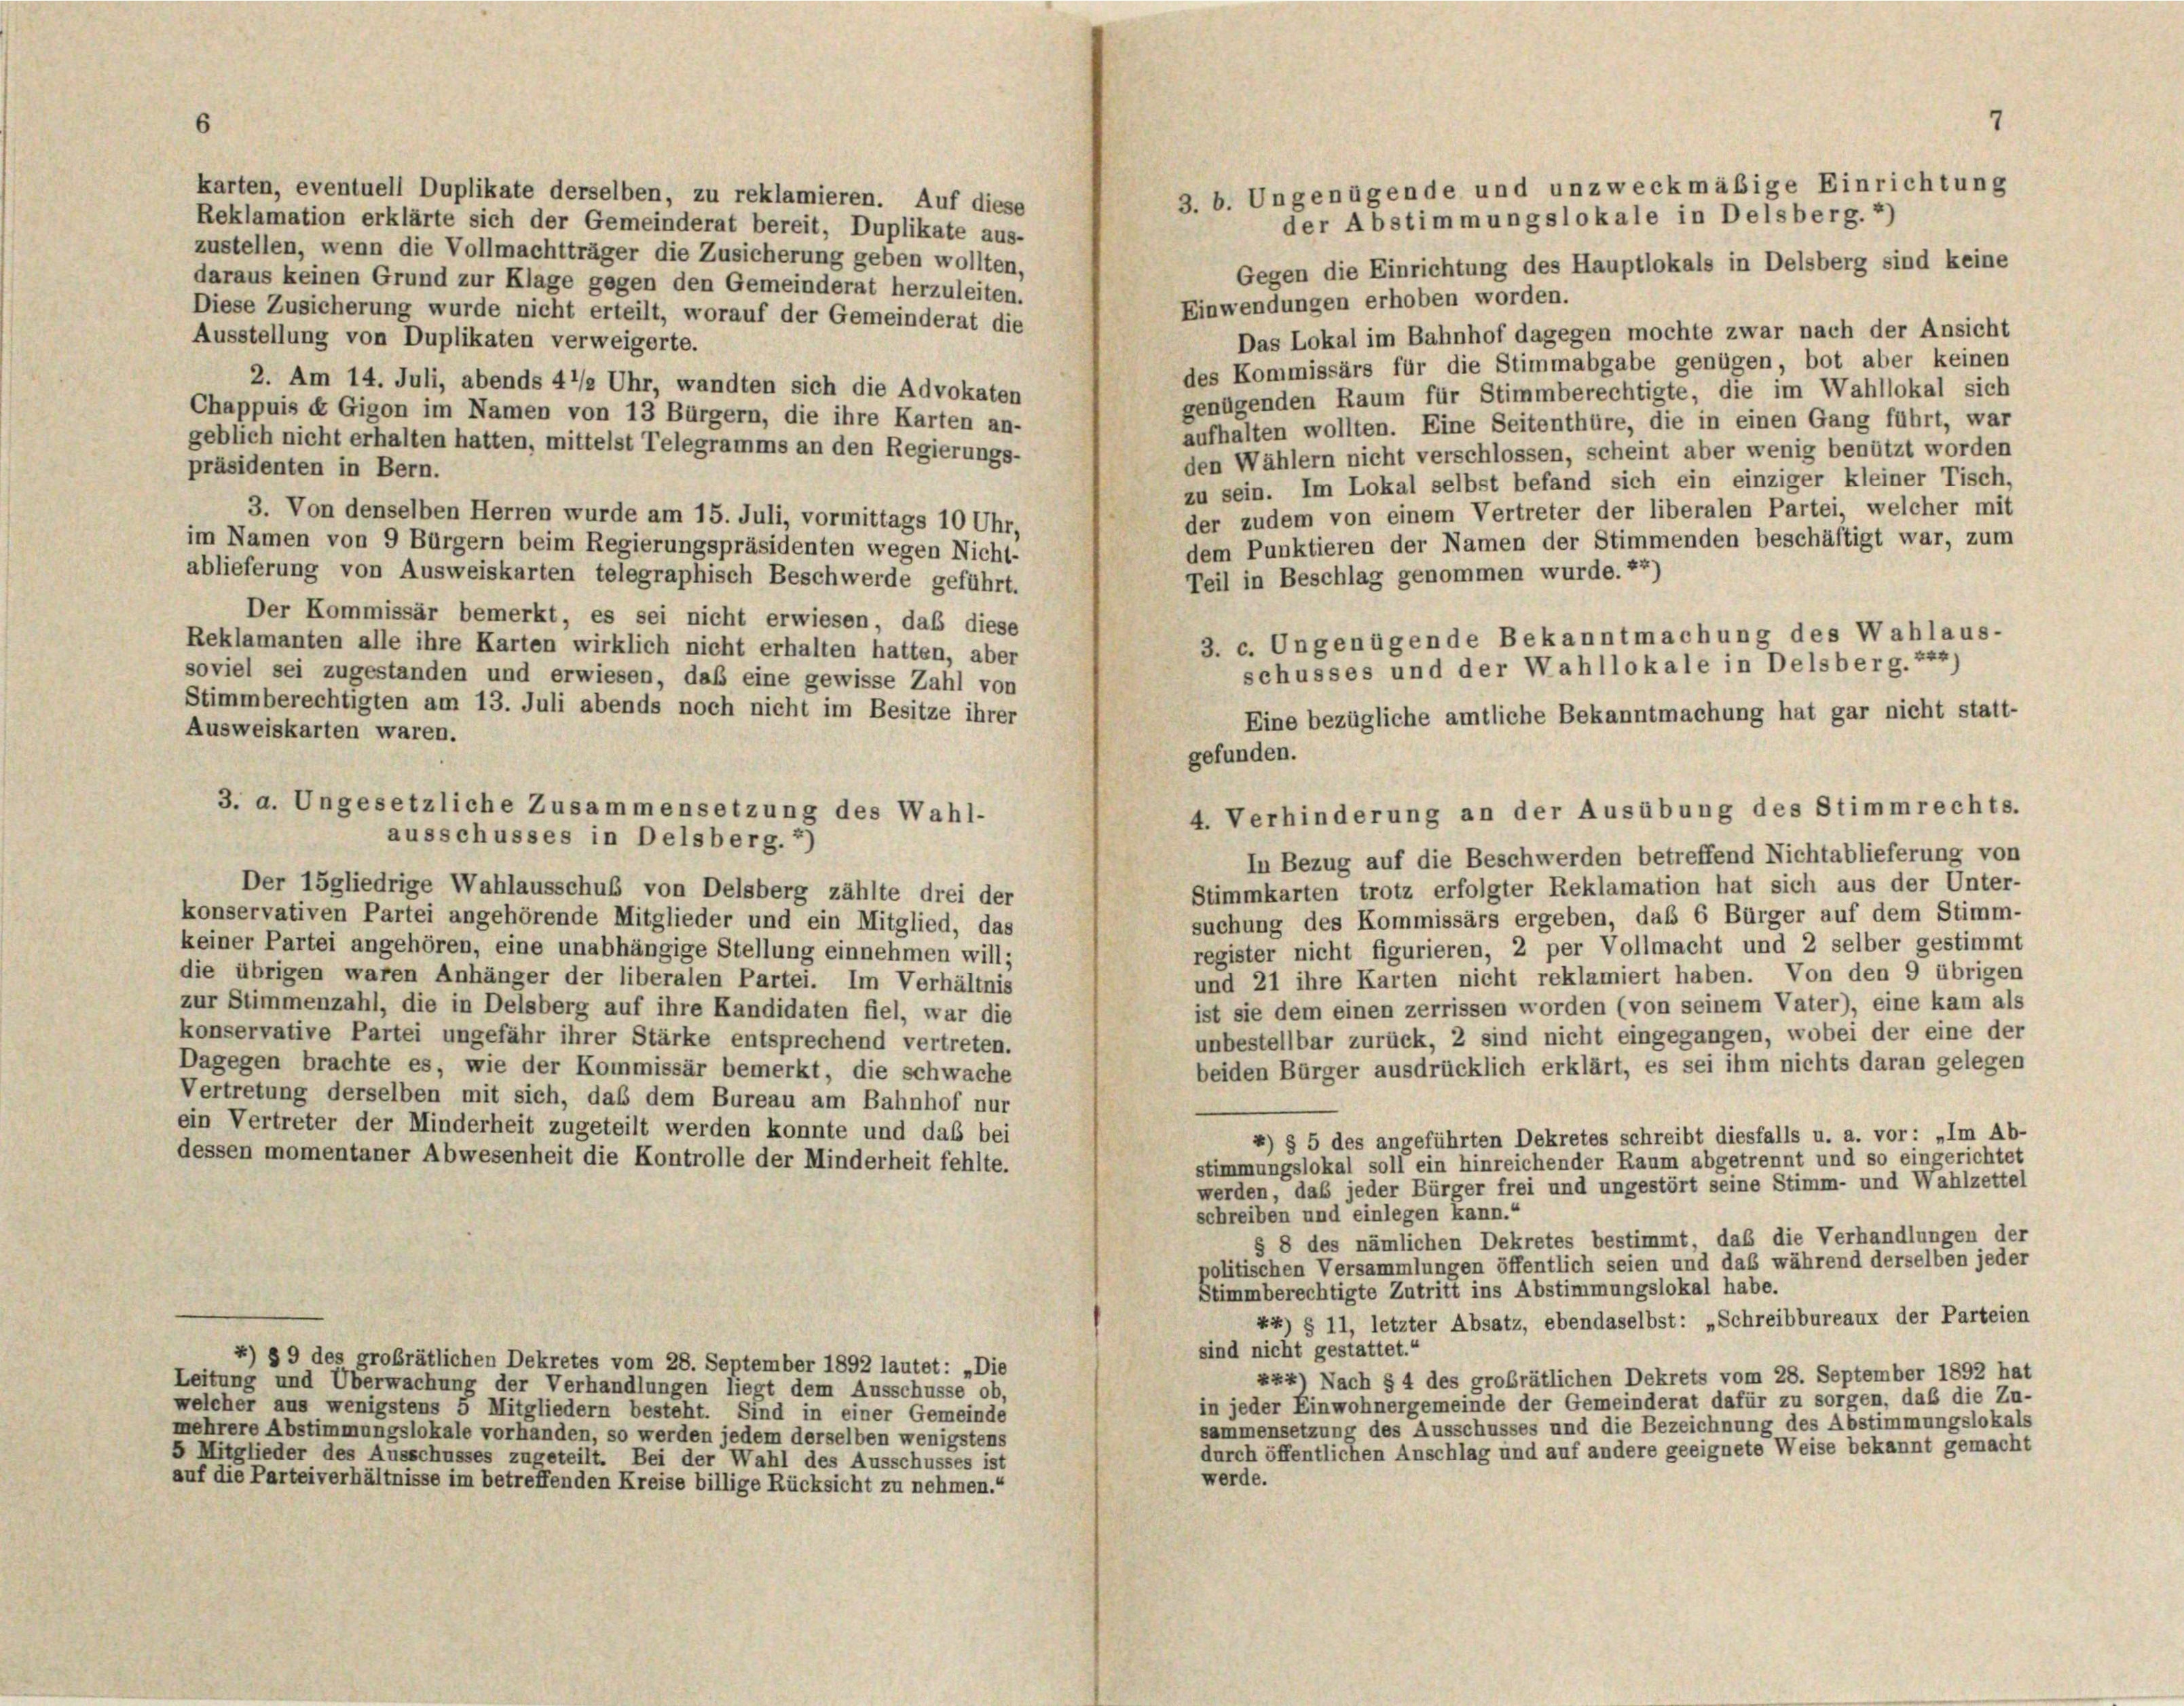
karten, eventuell Duplikate derselben, zu reklamieren. Auf diese
Reklamation erklärte sich der Gemeinderat bereit, Duplikate aus-
zustellen, wenn die Vollmachtträger die Zusicherung geben wollten,
Gegen die Einrichtung des Hauptlokals in Delsberg sind keine
daraus keinen Grund zur Klage gegen den Gemeinderat herzuleiten.
Einwendungen erhoben worden.
Diese Zusicherung wurde nicht erteilt, worauf der Gemeinderat die
Das Lokal im Bahnhof dagegen mochte zwar nach der Ansicht
Ausstellung von Duplikaten verweigerte.
des Kommissärs für die Stimmabgabe genügen, bot aber keinen
2. Am 14. Juli, abends 4’/2 Uhr, wandten sich die Advokaten
genügenden Raum für Stimmberechtigte, die im Wahllokal sich
Chappuis et Gigon im Namen von 13 Bürgern, die ihre Karten an-
aufhalten wollten. Eine Seitenthüre, die in einen Gang führt, war
geblich nicht erhalten hatten, mittelst Telegramms an den Regierungs-
den Wählern nicht verschlossen, scheint aber wenig benützt worden
präsidenten in Bern.
zu sein. Im Lokal selbst befand sich ein einziger kleiner Tisch,
der zudem von einem Vertreter der liberalen Partei, welcher mit
3. Von denselben Herren wurde am 15. Juli, vormittags 10 Uhr,
dem Punktieren der Namen der Stimmenden beschäftigt war, zum
im Namen von 9 Bürgern beim Regierungspräsidenten wegen Nicht-
ablieferung von Ausweiskarten telegraphisch Beschwerde geführt.
Teil in Beschlag genommen wurde.22)
Der Kommissär bemerkt, es sei nicht erwiesen, daß diese
Reklamanten alle ihre Karten wirklich nicht erhalten hatten, aber
soviel sei zugestanden und erwiesen, daß eine gewisse Zahl von
Stimmberechtigten am 13. Juli abends noch nicht im Besitze ihrer
Ausweiskarten waren.
gefunden.
3. a. Ungesetzliche Zusammensetzung des Wahl-
ausschusses in Delsberg. 2)
In Bezug auf die Beschwerden betreffend Nichtablieferung von
Stimmkarten trotz erfolgter Reklamation hat sich aus der Unter-
Der 15gliedrige Wahlausschuß von Delsberg zählte drei der
suchung des Kommissärs ergeben, daß 6 Bürger auf dem Stimm-
konservativen Partei angehörende Mitglieder und ein Mitglied, das
register nicht figurieren, 2 per Vollmacht und 2 selber gestimmt
keiner Partei angehören, eine unabhängige Stellung einnehmen will;
und 21 ihre Karten nicht reklamiert haben. Von den 9 übrigen
die übrigen waren Anhänger der liberalen Partei. Im Verhältnis
ist sie dem einen zerrissen worden (von seinem Vater), eine kam als
zur Stimmenzahl, die in Delsberg auf ihre Kandidaten fiel, war die
unbestellbar zurück, 2 sind nicht eingegangen, wobei der eine der
konservative Partei ungefähr ihrer Stärke entsprechend vertreten.
beiden Bürger ausdrücklich erklärt, es sei ihm nichts daran gelegen
Dagegen brachte es, wie der Kommissär bemerkt, die schwache
Vertretung derselben mit sich, daß dem Bureau am Bahnhof nur
ein Vertreter der Minderheit zugeteilt werden konnte und das bei
4) § 5 des angeführten Dekretes schreibt diesfalls u. a. vor: „Im Ab-
dessen momentaner Abwesenheit die Kontrolle der Minderheit fehlte.
stimmungslokal soll ein hinreichender Raum abgetrennt und so eingerichtet
werden, daß jeder Bürger frei und ungestört seine Stimm- und Wahlzettel
schreiben und einlegen kann.“
§ 8 des nämlichen Dekretes bestimmt, daß die Verhandlungen der
politischen Versammlungen öffentlich seien und das während derselben jeder
Stimmberechtigte Zutritt ins Abstimmungslokal habe.
44) § 11, letzter Absatz, ebendaselbst: „Schreibbureaux der Parteien
sind nicht gestattet.“
4) § 9 des großrätlichen Dekretes vom 28. September 1892 lautet: „Die
z24) Nach § 4 des grobrätlichen Dekrets vom 28. September 1892 hat
Leitung und Überwachung der Verhandlungen liegt dem Ausschüsse ob,
in jeder Einwohnergemeinde der Gemeinderat dafür zu sorgen, daß die Zu-
welcher aus wenigstens 5 Mitgliedern besteht. Sind in einer Gemeinde
sammensetzung des Ausschusses und die Bezeichnung des Abstimmungslokals
mehrere Abstimmungslokale vorhanden, so werden jedem derselben wenigstens
durch öffentlichen Anschlag und auf andere geeignete Weise bekannt gemacht
5 Mitglieder des Ausschusses zugeteilt. Bei der Wahl des Ausschusses ist
werde.
auf die Parteiverhältnisse im betreffenden Kreise billige Rücksicht zu nehmen.“

7
3. b. Ungenügende und unzweckmäßige Einrichtung
der Abstimmungslokale in Delsberg. 2

3. c. Ungenügende Bekanntmachung des Wahlaus-
schusses und der Wahllokale in Delsberg. 244)
Eine bezügliche amtliche Bekanntmachung hat gar nicht statt-

4. Verhinderung an der Ausübung des Stimmrechts.